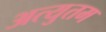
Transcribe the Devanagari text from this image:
अत्युतम